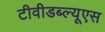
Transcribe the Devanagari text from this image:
टीवीडब्ल्यूएस